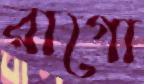
রাগো